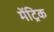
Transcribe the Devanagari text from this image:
मेंट्रिक